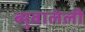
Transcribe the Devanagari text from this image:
ब्युवालेली